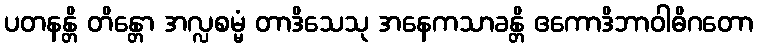
ပတနန္တိ တိန္တော အလ္လစမ္မံ တာဒိသေသု အနေကသာခန္တိ ဧကောဒိဘာဝါဓိဂတော